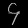
Digit: ၄